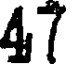
47